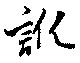
訛